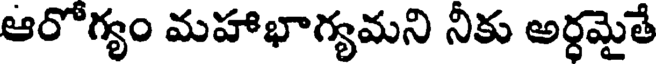
ఆరోగ్యం మహాభాగ్యమని నీకు అర్ధమైతే